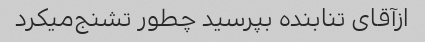
ازآقای تنابنده بپرسید چطور تشنج‌میکرد